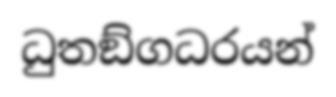
ධුතඞ්ගධරයන්